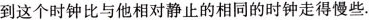
到这个时钟比与他相对静止的相同的时钟走得慢些.